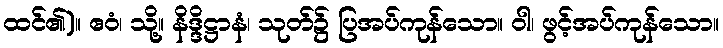
ထင်၏)။ ဧဝံ၊ သို့။ နိဒ္ဒိဋ္ဌာနံ၊ သုတ်၌ ပြအပ်ကုန်သော။ ဝါ၊ ဖွင့်အပ်ကုန်သော။